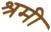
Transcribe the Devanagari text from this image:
श्रमी